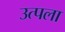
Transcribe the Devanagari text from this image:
उत्पला